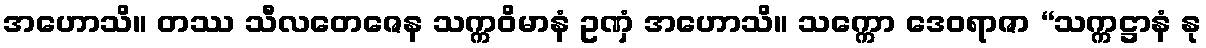
အဟောသိ။ တဿ သီလတေဇေန သက္ကဝိမာနံ ဥဏှံ အဟောသိ။ သက္ကော ဒေဝရာဇာ “သက္ကဋ္ဌာနံ နု